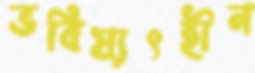
ভবিষ্যৎহীন